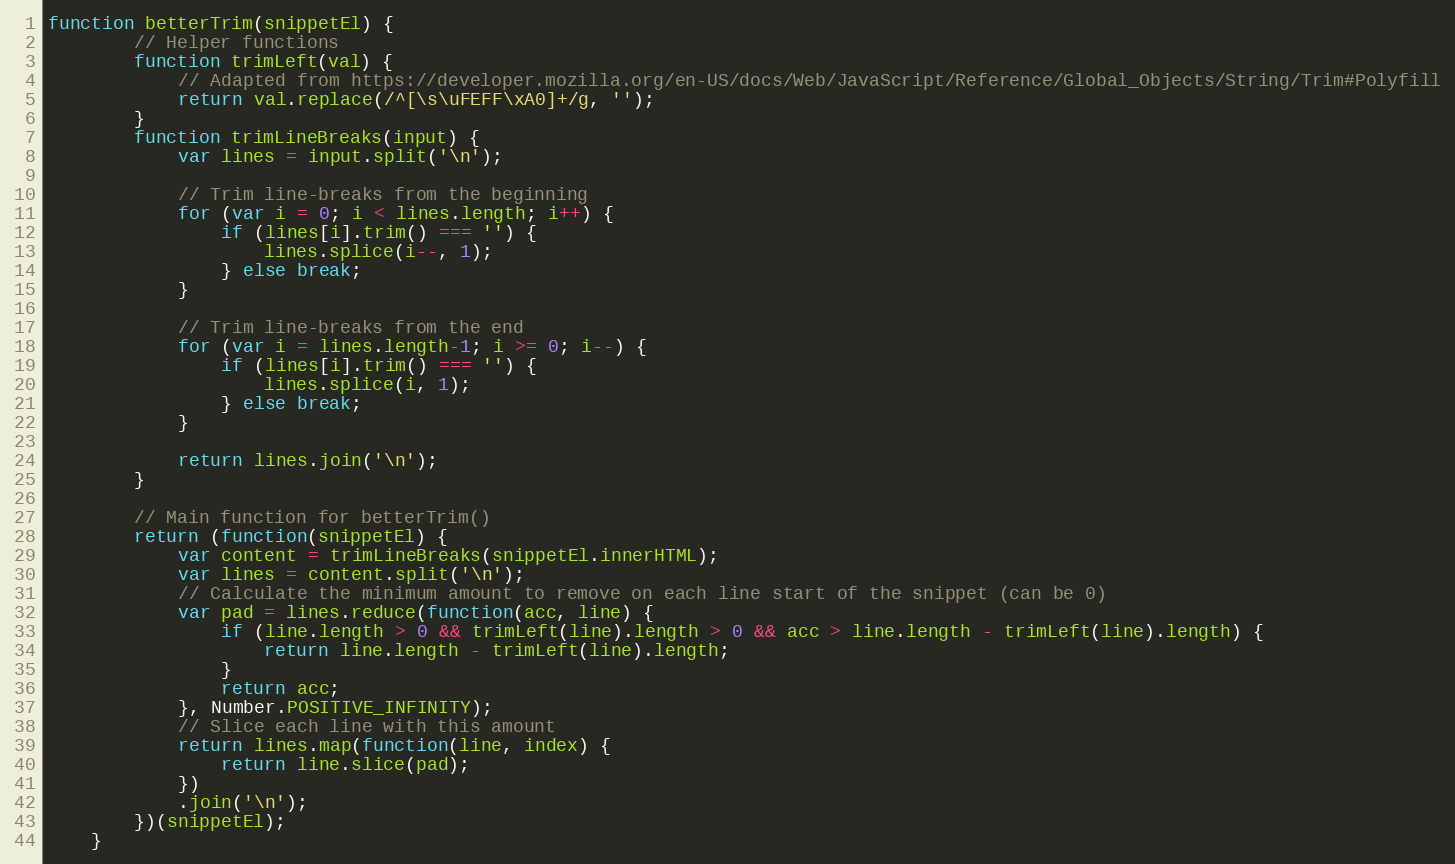
Language: JavaScript
function betterTrim(snippetEl) {
		// Helper functions
		function trimLeft(val) {
			// Adapted from https://developer.mozilla.org/en-US/docs/Web/JavaScript/Reference/Global_Objects/String/Trim#Polyfill
			return val.replace(/^[\s\uFEFF\xA0]+/g, '');
		}
		function trimLineBreaks(input) {
			var lines = input.split('\n');

			// Trim line-breaks from the beginning
			for (var i = 0; i < lines.length; i++) {
				if (lines[i].trim() === '') {
					lines.splice(i--, 1);
				} else break;
			}

			// Trim line-breaks from the end
			for (var i = lines.length-1; i >= 0; i--) {
				if (lines[i].trim() === '') {
					lines.splice(i, 1);
				} else break;
			}

			return lines.join('\n');
		}

		// Main function for betterTrim()
		return (function(snippetEl) {
			var content = trimLineBreaks(snippetEl.innerHTML);
			var lines = content.split('\n');
			// Calculate the minimum amount to remove on each line start of the snippet (can be 0)
			var pad = lines.reduce(function(acc, line) {
				if (line.length > 0 && trimLeft(line).length > 0 && acc > line.length - trimLeft(line).length) {
					return line.length - trimLeft(line).length;
				}
				return acc;
			}, Number.POSITIVE_INFINITY);
			// Slice each line with this amount
			return lines.map(function(line, index) {
				return line.slice(pad);
			})
			.join('\n');
		})(snippetEl);
	}